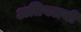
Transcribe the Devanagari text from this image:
अतिवलयी